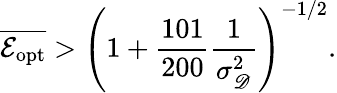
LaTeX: \overline{{\mathcal E_{\mathrm{opt}}}}>\left(1+\frac{101}{200}\frac{1}{\sigma_{\mathscr D}^{2}}\right)^{-1/2}.